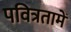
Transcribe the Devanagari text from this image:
पवित्रतामें